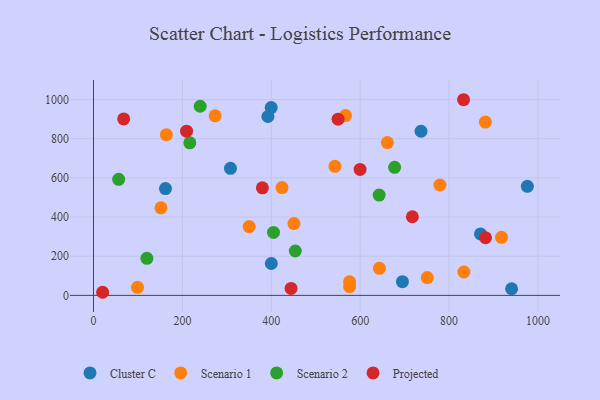
{"axis": {"x": "Price", "y": "Exam Score"}, "legend": ["Cluster C", "Projected", "Scenario 1", "Scenario 2"], "data": [{"x": "399.8", "y": 959.1, "type": "Cluster C"}, {"x": "161.9", "y": 545.3, "type": "Cluster C"}, {"x": "400.1", "y": 162.8, "type": "Cluster C"}, {"x": "392.4", "y": 913.6, "type": "Cluster C"}, {"x": "976.2", "y": 556.8, "type": "Cluster C"}, {"x": "695.1", "y": 69.8, "type": "Cluster C"}, {"x": "940.7", "y": 33.8, "type": "Cluster C"}, {"x": "736.9", "y": 838.1, "type": "Cluster C"}, {"x": "308.1", "y": 648.6, "type": "Cluster C"}, {"x": "870.7", "y": 313.7, "type": "Cluster C"}, {"x": "576.1", "y": 69.6, "type": "Scenario 1"}, {"x": "918.0", "y": 296.3, "type": "Scenario 1"}, {"x": "163.9", "y": 820.8, "type": "Scenario 1"}, {"x": "881.7", "y": 885.0, "type": "Scenario 1"}, {"x": "567.0", "y": 918.2, "type": "Scenario 1"}, {"x": "99.0", "y": 41.2, "type": "Scenario 1"}, {"x": "451.0", "y": 366.8, "type": "Scenario 1"}, {"x": "643.3", "y": 137.9, "type": "Scenario 1"}, {"x": "779.5", "y": 563.6, "type": "Scenario 1"}, {"x": "543.3", "y": 659.2, "type": "Scenario 1"}, {"x": "750.9", "y": 90.8, "type": "Scenario 1"}, {"x": "661.2", "y": 780.4, "type": "Scenario 1"}, {"x": "151.8", "y": 447.0, "type": "Scenario 1"}, {"x": "273.6", "y": 917.2, "type": "Scenario 1"}, {"x": "833.4", "y": 119.4, "type": "Scenario 1"}, {"x": "350.2", "y": 351.1, "type": "Scenario 1"}, {"x": "424.1", "y": 550.7, "type": "Scenario 1"}, {"x": "576.2", "y": 44.4, "type": "Scenario 1"}, {"x": "240.0", "y": 965.9, "type": "Scenario 2"}, {"x": "120.1", "y": 189.1, "type": "Scenario 2"}, {"x": "216.7", "y": 779.0, "type": "Scenario 2"}, {"x": "642.7", "y": 512.3, "type": "Scenario 2"}, {"x": "677.5", "y": 654.1, "type": "Scenario 2"}, {"x": "56.6", "y": 592.9, "type": "Scenario 2"}, {"x": "454.0", "y": 226.5, "type": "Scenario 2"}, {"x": "405.0", "y": 321.5, "type": "Scenario 2"}, {"x": "882.1", "y": 294.3, "type": "Projected"}, {"x": "380.0", "y": 549.4, "type": "Projected"}, {"x": "599.8", "y": 643.1, "type": "Projected"}, {"x": "444.5", "y": 35.4, "type": "Projected"}, {"x": "209.4", "y": 838.6, "type": "Projected"}, {"x": "832.6", "y": 999.2, "type": "Projected"}, {"x": "20.5", "y": 15.8, "type": "Projected"}, {"x": "67.9", "y": 901.3, "type": "Projected"}, {"x": "717.4", "y": 401.4, "type": "Projected"}, {"x": "550.3", "y": 900.1, "type": "Projected"}]}